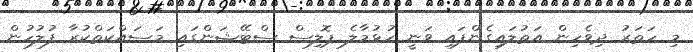
މި ހަތަރު ދިވެހިން އަތުލައިގެންފައި ވަނީ ހުޅުމާލެ ޕޮލިސް ސްޓޭޝަންގައި މަސައްކަތްކުރާ ފުލުހުން